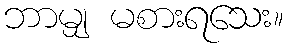
ဘာမျှ မစားရသေး။